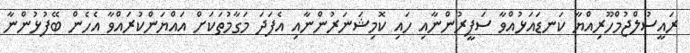
ރައީސުލްޖުމްހޫރިއްޔާ ކަނޑައަޅުއްވާ ސަފީރުންނާއި ހައި ކޮމިޝަނަރުންނާއި އެފަދަ މަގާމުތަކަށް އައްޔަންކުރައްވާ އެހެން ބޭފުޅުންނާ